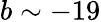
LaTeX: b\sim-19